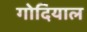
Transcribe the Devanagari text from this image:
गोदियाल